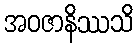
အဝဇာနိဿသိ